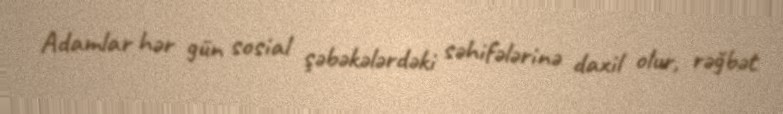
Adamlar hər gün sosial şəbəkələrdəki səhifələrinə daxil olur, rəğbət